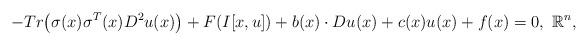
LaTeX: \begin{align*}-Tr\big(\sigma(x)\sigma^T(x)D^2u(x)\big)+F(I[x,u])+b(x)\cdot Du(x)+c(x)u(x)+f(x)=0,\,\,\mathbb R^n,\end{align*}